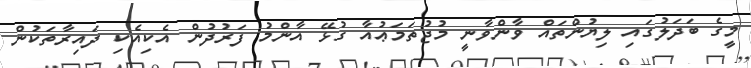
މީގެ ބަދަލުގައި ލިޔުންތައް ވާންވާނީ މުޖުތަމަޢުއާ ގުޅޭ އާންމު ފަރުދުން އެކިއެކި ދައިރާތަކުން